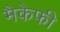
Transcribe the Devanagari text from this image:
मैकेफी